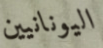
اليونانيين